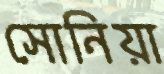
সোনিয়া